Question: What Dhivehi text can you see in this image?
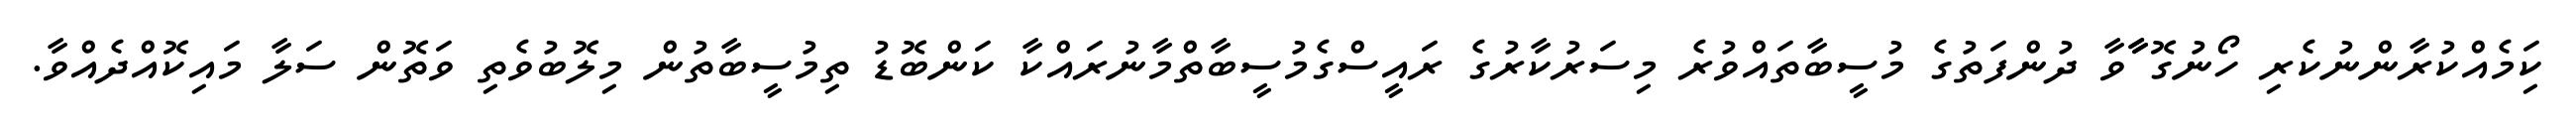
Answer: ކިަމެއްކުރާންނުކެރި ހޯނުގޮ ާާވާ ދުންފަތުގެ މުސީބާތައްވުރެ މިސަރުކާރުގެ ރައީސްގެމުސީބާތްމާނުރައްކާ ކަންބޮޑު ތިމުސީބާތުން މިލޮބުވެތި ވަތޮން ސަލާ މައިކޮއްދެއްވާ.